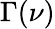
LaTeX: \Gamma(\nu)